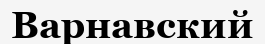
Варнавский